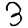
Digit: 3